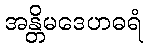
အန္တိမဒေဟဓရံ